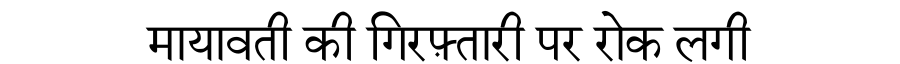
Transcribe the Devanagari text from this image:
मायावती की गिरफ़्तारी पर रोक लगी